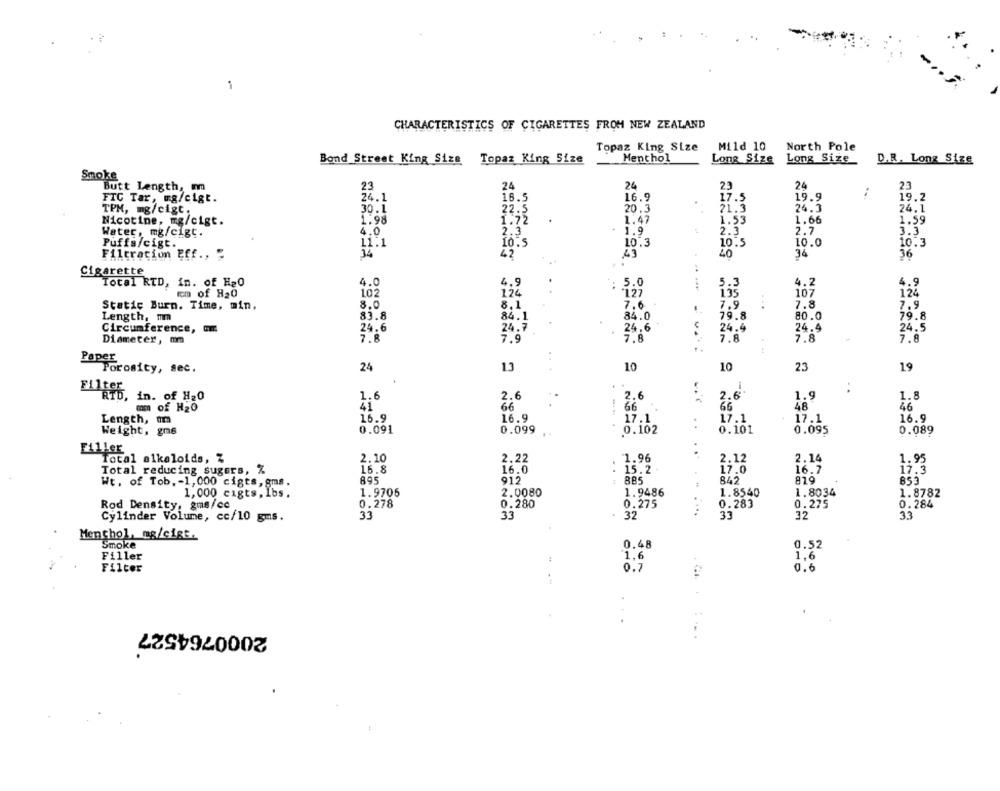
1
CHARACTERISTICS OF CIGARETTES FROM NEW ZEALAND
Topaz King Size
Mild 10
North Pole
Menthol
Long Size Long Size
Bond Street King Size Topaz King Size
D.R. Long Size
Smoke
Butt Length, mm
23
24
24
24
23
FIC Tar, wa/cigt.
24.1
16.5
16.9
17.5
19.9
:
19.2
21.3
TPM, mg/cigt.
30.1
22.5
20.3
26.3
24.1
Nicotine, mg/cigt.
1.98
1.72
1.47
1.53
1.66
1.59
2.7
Water, mg/cigt.
4.0
2.3
1.9
2.3
3.3
Puffs/cigt.
11.1
10.5
10.3
10.5
10.0
10.3
40
34
36
Filtration Eff ., "
42
Cigarette
Total RTD, in. of Ha0
4.0
4.9
: 5.0
5.3
4.2
4.9
em of H20
102
"1.27
135
107
124
Static Burn. Time, min,
8.0
8.1
7.6
7.9
..
7.8
7.9
Length, mm
83.8
84.1
84.0
79.8
80.0
79.8
Circumference, om
24.6
24.7
24.6
24.4
24.4
24.5
Diameter, mm
7.8
7.9
7.8
7.8
7.8
7.8
Porosity, sec.
24
13
10
10
23
19
2.6
2.6
1.9
1.8
FAREb, in. of H20
1.6
2.6
of H20
41
66
66
66
48
46
Length,
16.9
16.9
17.1
17.1
17.1
16.9
..
Weight,
gm6
0.091
0.099
0.102
0.101
0.095
0.089
Filler
Total alkaloids, %
2.10
2.22
1.96
2.12
2.14
1.95
16.0
Total reducing sugers, %
16.8
15.2
17.0
16.7
17.3
Wt. of Tob. - 1, 000 cigts, gms.
895
912
885
842
819
853
1,000 cigts, Ibs.
1.9706
2.0080
1.9486
1.8540
1.8034
1.8782
Rod Density, gms/cc
0.278
0.280
0.275
0.283
0.275
0.284
33
32
33
Cylinder Volume, cc/10 gms.
33
32
33
Menchol, mg/cigt.
Smoke
0.48
0.52
1.6
Filler
1,6
Filter
0.7
0.6
2000764527